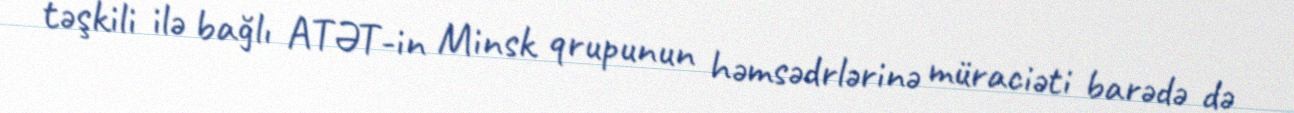
təşkili ilə bağlı ATƏT-in Minsk qrupunun həmsədrlərinə müraciəti barədə də